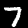
Digit: 7